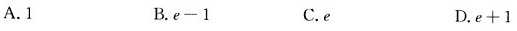
A.1 B.e-1 C.e D.e+1